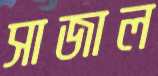
সাজাল